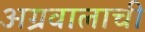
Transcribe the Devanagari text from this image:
अग्रवालाची